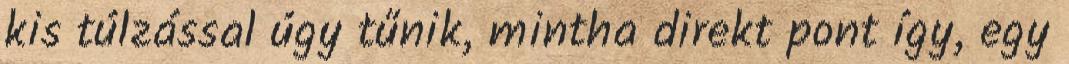
kis túlzással úgy tűnik, mintha direkt pont így, egy